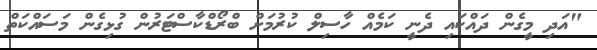
"އަދި މީގެން ދައްކައި ދެނީ ކަމެއް ހާސިލް ކުރުމަށް ބްރޯޑްކާސްޓަރުން ގުޅިގެން މަސައްކަތް